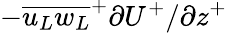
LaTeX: -{{\overline{{{u_{L}}{w_{L}}}}}^{+}}{{\partial}U^{+}/{\partial}z^{+}}